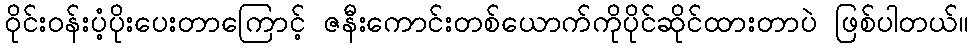
ဝိုင်းဝန်းပံ့ပိုးပေးတာကြောင့် ဇနီးကောင်းတစ်ယောက်ကိုပိုင်ဆိုင်ထားတာပဲ ဖြစ်ပါတယ်။